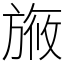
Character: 㫍